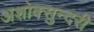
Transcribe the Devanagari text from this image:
अशोक्सुन्दरी